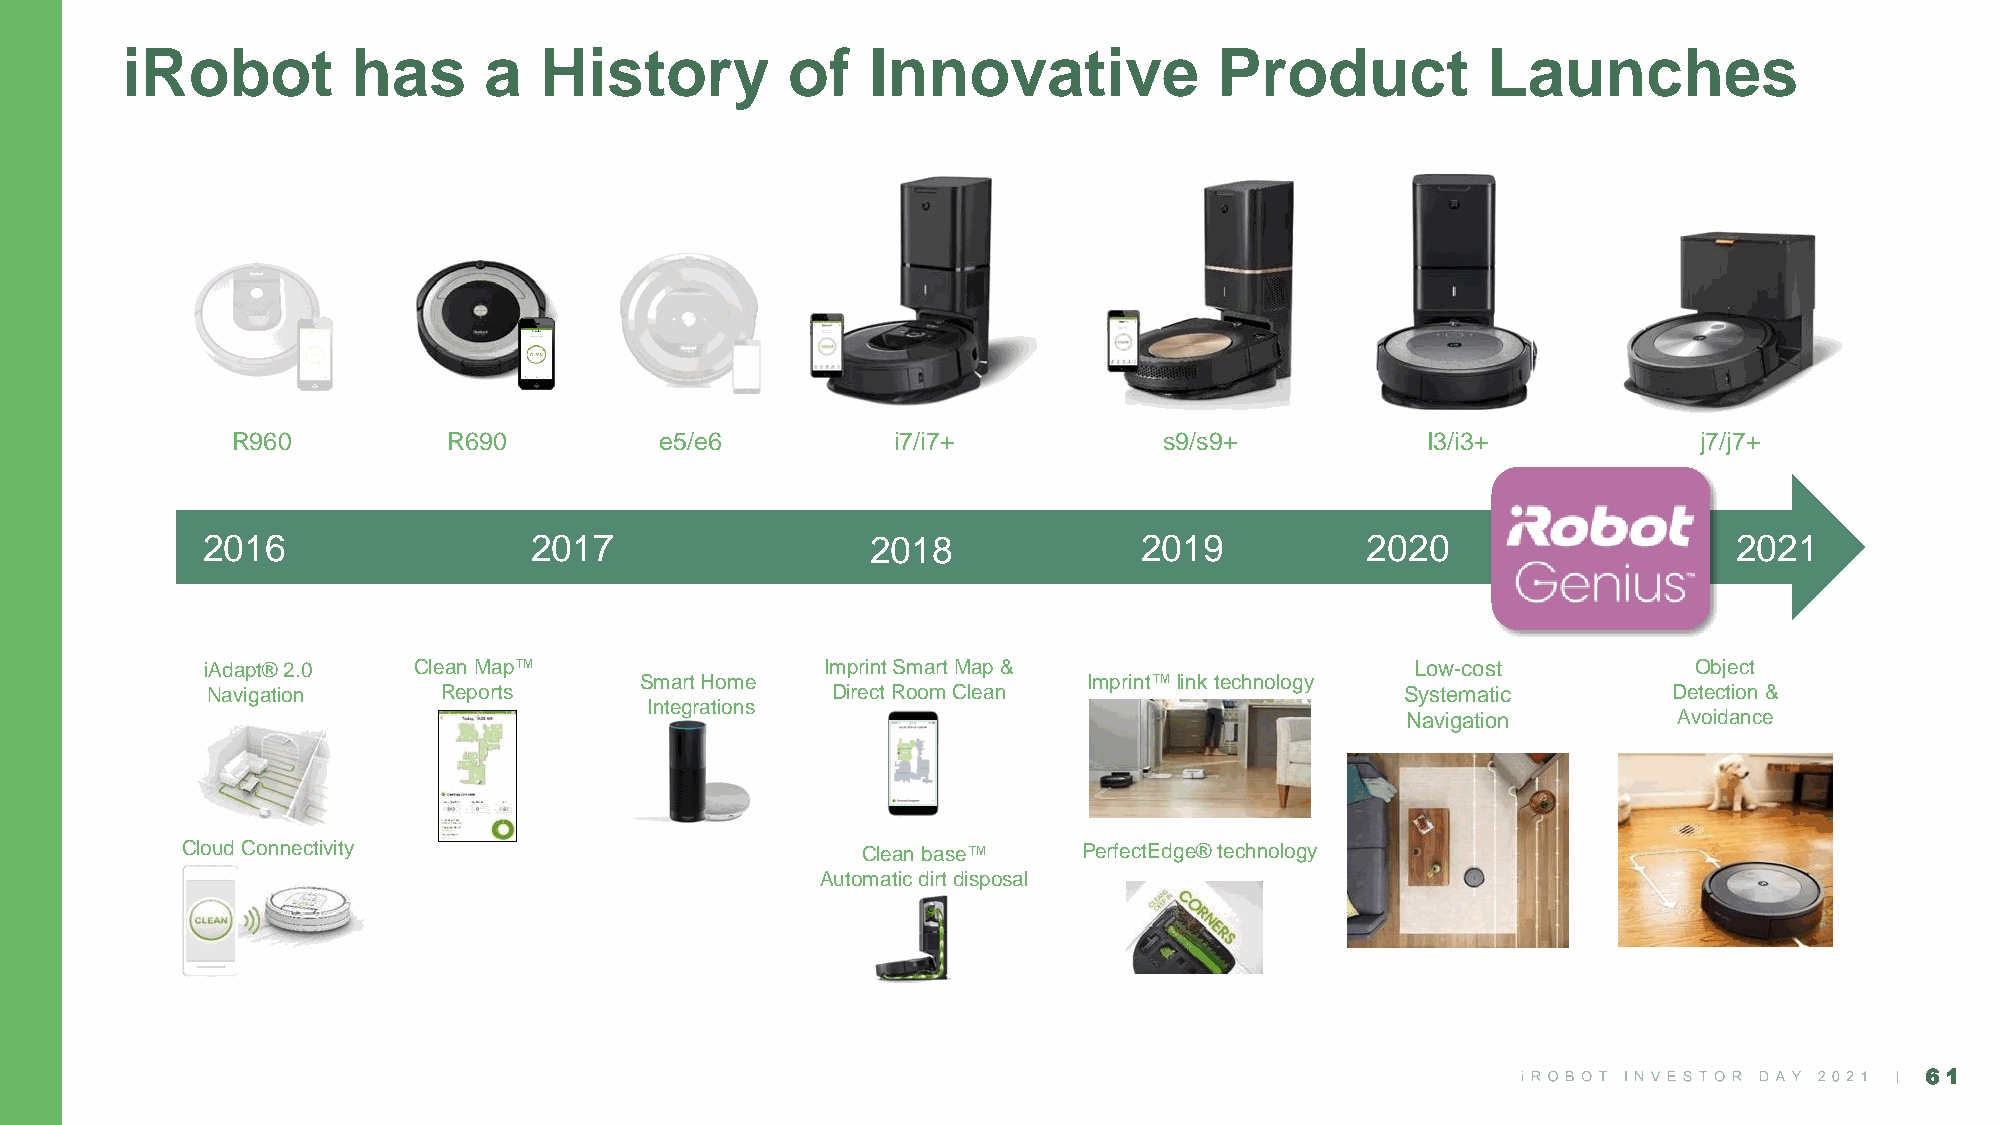
iRobot         has      a   History         of    Innovative             Product          Launches
 R960           R690          e5/e6          i7/i7+            s9/s9+           I3/i3+             j7/j7+
 2016                  2017                   2018             2019           2020                     2021
 iAdapt® 2.0  Clean Map™                  Imprint Smart Map &                    Low-cost          Object
 Smart Home                    Imprint™link technology
 Navigation     Reports                   Direct Room Clean                     Systematic        Detection &
 Integrations
 Navigation        Avoidance
 Cloud Connectivity                           Clean base™    PerfectEdge® technology
 Automatic dirt disposal
 61